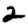
Digit: 2